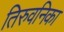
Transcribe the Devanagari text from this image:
तिरुवनिका